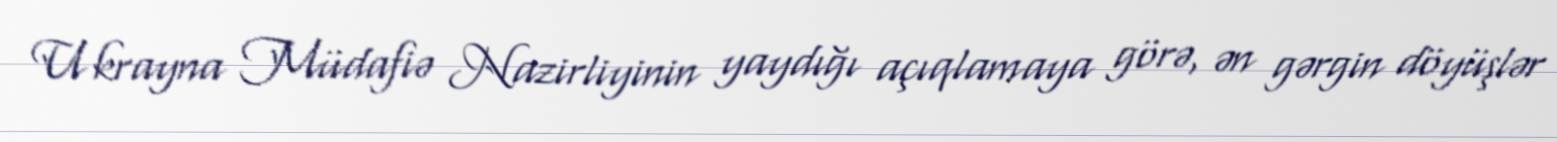
Ukrayna Müdafiə Nazirliyinin yaydığı açıqlamaya görə, ən gərgin döyüşlər